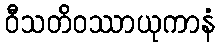
ဝီသတိဝဿာယုကာနံ